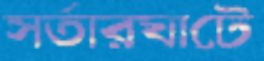
সর্তারঘাটে